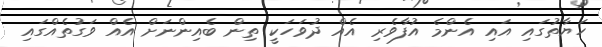
ހަޔާތުގައި އައި އެންމެ އުފާވެރި އެއް ދުވަހަކީ ތިން ބެއިންނަށް އެއް ވަގުތެއްގައި